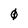
Character: 0